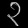
Digit: ၃